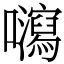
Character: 𡄽